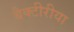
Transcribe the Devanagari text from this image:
बैक्टीरीया